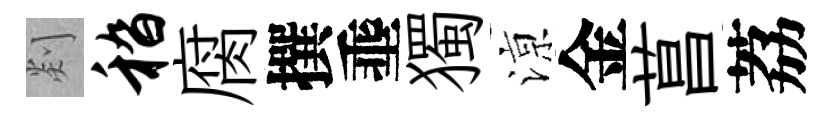
剡嵇腐撰埀獨鿌金菖荔